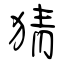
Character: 猜